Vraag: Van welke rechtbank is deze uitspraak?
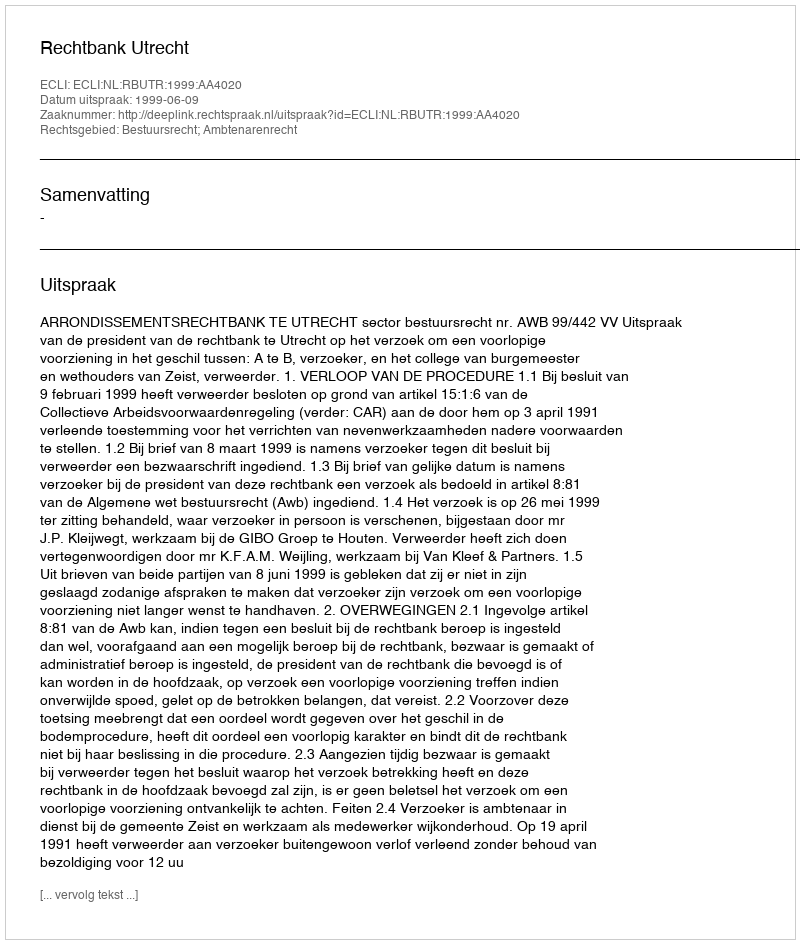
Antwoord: Rechtbank Utrecht